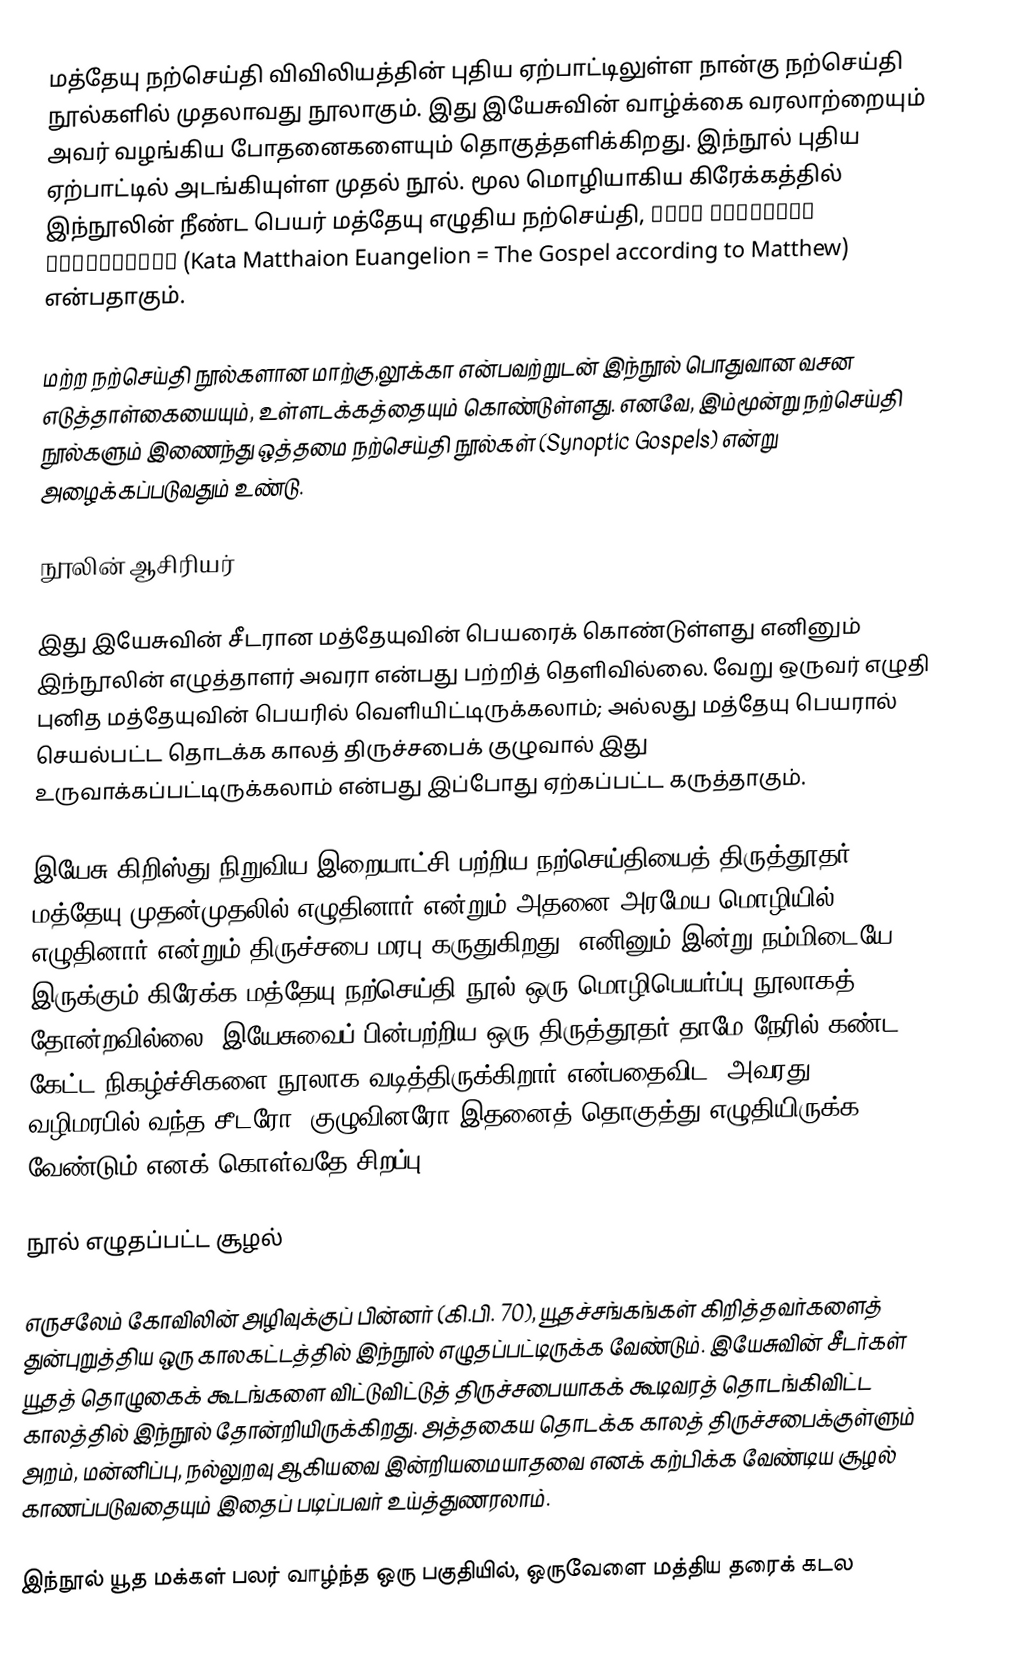
மத்தேயு நற்செய்தி விவிலியத்தின் புதிய ஏற்பாட்டிலுள்ள நான்கு நற்செய்தி நூல்களில் முதலாவது நூலாகும். இது இயேசுவின் வாழ்க்கை வரலாற்றையும் அவர் வழங்கிய போதனைகளையும் தொகுத்தளிக்கிறது. இந்நூல் புதிய ஏற்பாட்டில் அடங்கியுள்ள முதல் நூல். மூல மொழியாகிய கிரேக்கத்தில் இந்நூலின் நீண்ட பெயர் மத்தேயு எழுதிய நற்செய்தி, κατὰ Ματθαῖον εὐαγγέλιον (Kata Matthaion Euangelion = The Gospel according to Matthew) என்பதாகும்.

மற்ற நற்செய்தி நூல்களான மாற்கு,லூக்கா என்பவற்றுடன் இந்நூல் பொதுவான வசன எடுத்தாள்கையையும், உள்ளடக்கத்தையும் கொண்டுள்ளது. எனவே, இம்மூன்று நற்செய்தி நூல்களும் இணைந்து ஒத்தமை நற்செய்தி நூல்கள் (Synoptic Gospels) என்று அழைக்கப்படுவதும் உண்டு.

நூலின் ஆசிரியர்

இது இயேசுவின் சீடரான மத்தேயுவின் பெயரைக் கொண்டுள்ளது எனினும் இந்நூலின் எழுத்தாளர் அவரா என்பது பற்றித் தெளிவில்லை. வேறு ஒருவர் எழுதி புனித மத்தேயுவின் பெயரில் வெளியிட்டிருக்கலாம்; அல்லது மத்தேயு பெயரால் செயல்பட்ட தொடக்க காலத் திருச்சபைக் குழுவால் இது உருவாக்கப்பட்டிருக்கலாம் என்பது இப்போது ஏற்கப்பட்ட கருத்தாகும்.

இயேசு கிறிஸ்து நிறுவிய இறையாட்சி  பற்றிய நற்செய்தியைத் திருத்தூதர் மத்தேயு முதன்முதலில் எழுதினார் என்றும் அதனை அரமேய மொழியில் எழுதினார் என்றும் திருச்சபை மரபு கருதுகிறது. எனினும் இன்று நம்மிடையே இருக்கும் கிரேக்க மத்தேயு நற்செய்தி நூல் ஒரு மொழிபெயர்ப்பு நூலாகத் தோன்றவில்லை. இயேசுவைப் பின்பற்றிய ஒரு திருத்தூதர் தாமே நேரில் கண்ட, கேட்ட நிகழ்ச்சிகளை நூலாக வடித்திருக்கிறார் என்பதைவிட, அவரது வழிமரபில் வந்த சீடரோ, குழுவினரோ இதனைத் தொகுத்து எழுதியிருக்க வேண்டும் எனக் கொள்வதே சிறப்பு.

நூல் எழுதப்பட்ட சூழல்

எருசலேம் கோவிலின் அழிவுக்குப் பின்னர் (கி.பி. 70), யூதச்சங்கங்கள் கிறித்தவர்களைத் துன்புறுத்திய ஒரு காலகட்டத்தில் இந்நூல் எழுதப்பட்டிருக்க வேண்டும். இயேசுவின் சீடர்கள் யூதத் தொழுகைக் கூடங்களை விட்டுவிட்டுத் திருச்சபையாகக் கூடிவரத் தொடங்கிவிட்ட காலத்தில் இந்நூல் தோன்றியிருக்கிறது. அத்தகைய தொடக்க காலத் திருச்சபைக்குள்ளும் அறம், மன்னிப்பு, நல்லுறவு ஆகியவை இன்றியமையாதவை எனக் கற்பிக்க வேண்டிய சூழல் காணப்படுவதையும் இதைப் படிப்பவர் உய்த்துணரலாம்.

இந்நூல் யூத மக்கள் பலர் வாழ்ந்த ஒரு பகுதியில், ஒருவேளை மத்திய தரைக் கடல